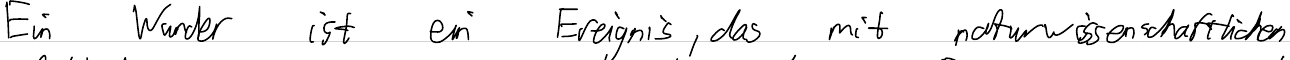
Ein Wunder ist ein Ereignis, das mit naturwissenschaftlichen